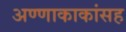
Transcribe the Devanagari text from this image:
अण्णाकाकांसह